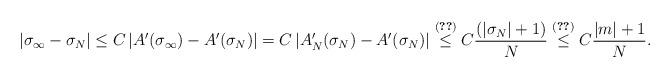
LaTeX: \begin{align*} \left| \sigma_{\infty} - \sigma_N \right| \leq C \left|A'(\sigma_{\infty}) - A'(\sigma_N ) \right| = C \left| A_N ' (\sigma_N ) - A' (\sigma_N ) \right| & \overset{\eqref{e_quantitative_conv_an_der}}{\leq} C \frac{(|\sigma_N| +1)}{N} \overset{\eqref{h1}}{\leq} C \frac{ |m| +1}{N}. \end{align*}